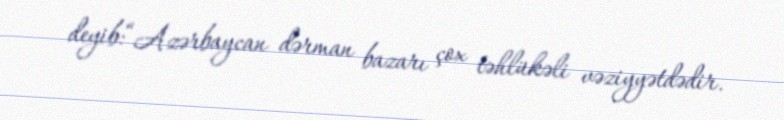
deyib:“Azərbaycan dərman bazarı çox təhlükəli vəziyyətdədir.